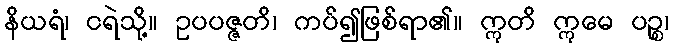
နိယရံ၊ ငရဲသို့။ ဥပပဇ္ဇတိ၊ ကပ်၍ဖြစ်ရာ၏။ ဣတိ ဣမေ ပဉ္စ၊